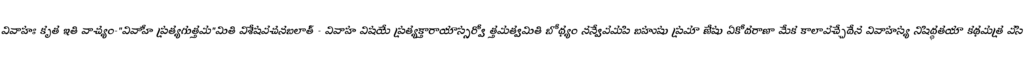
వివాహః కృత ఇతి వాచ్యం-"వివాహే ప్రత్యగుత్తమ"మితి విశేషవచనబలాత్ - వివాహ విషయే ప్రత్యక్తారాయాస్సర్వో త్తమత్వమితి బోధ్యం నన్వేవమపి బహుషు ప్రమా ణేషు ఏకోదరాణా మేక కాలావచ్చేదేన వివాహస్య నిషిద్ధతయా కథమత్ర వసి